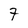
Character: 7